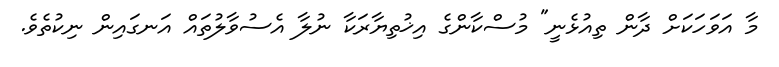
މާ އަވަހަކަށް ދާން ތިއުޅެނީ" މުސްކާންގެ އިޚުތިޔާރަކާ ނުލާ އެސުވާލުތައް އަނގައިން ނިކުތެވެ.